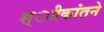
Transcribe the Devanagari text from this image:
श्ाीकांतने